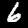
Label: 6